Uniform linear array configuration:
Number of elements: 32
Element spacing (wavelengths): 1
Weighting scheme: kaiser
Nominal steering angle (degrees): -30
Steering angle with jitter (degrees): -31.317
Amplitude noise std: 0.05
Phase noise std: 0.05

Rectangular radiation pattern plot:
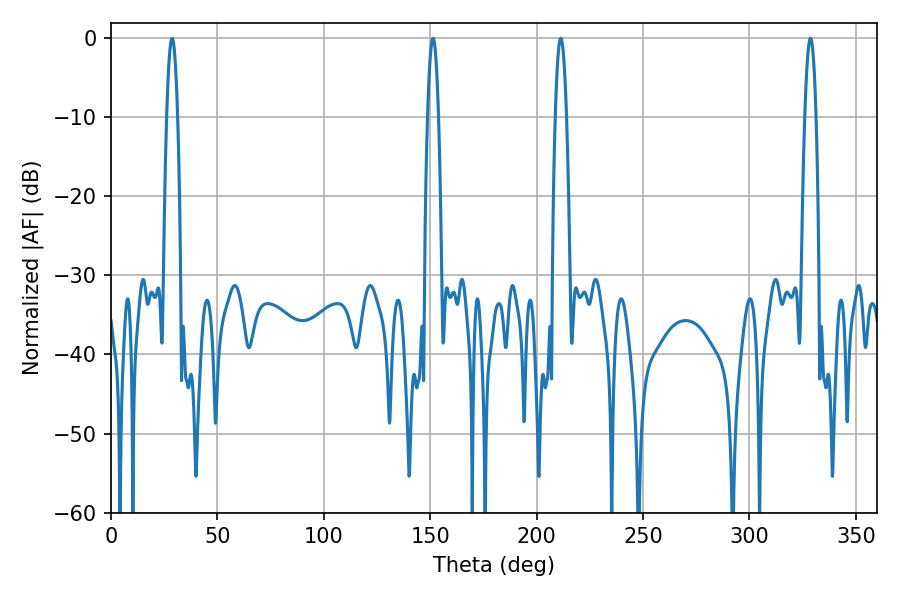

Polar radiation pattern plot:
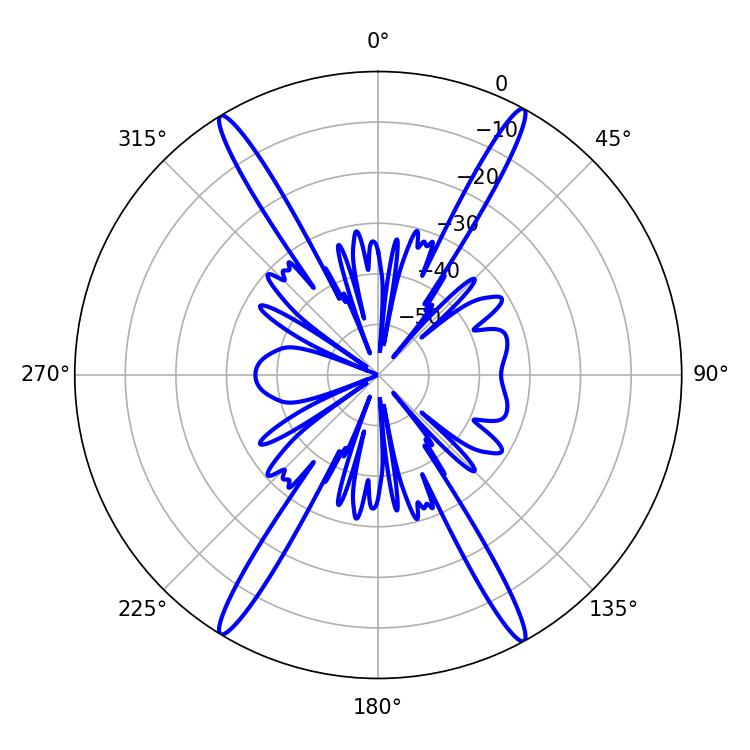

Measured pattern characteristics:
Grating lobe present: TRUE
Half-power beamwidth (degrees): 2.88
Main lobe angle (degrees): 211.32